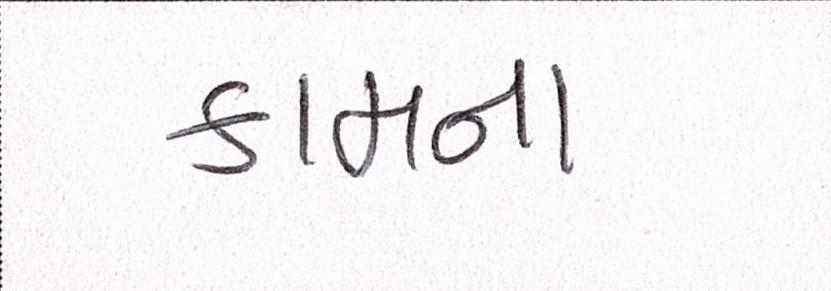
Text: કામના